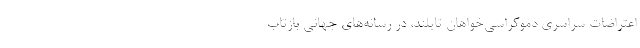
اعتراضات سراسری دموکراسی‌خواهان تایلند، در رسانه‌های جهانی بازتاب